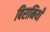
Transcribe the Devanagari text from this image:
बिरानियाँ